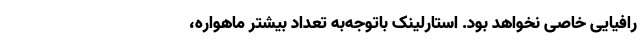
رافیایی خاصی نخواهد بود. استارلینک باتوجه‌به تعداد بیشتر ماهواره،